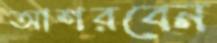
আশরবেন